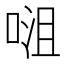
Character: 𭈡